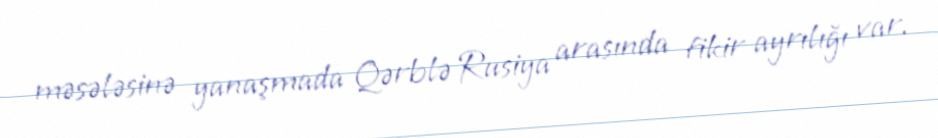
məsələsinə yanaşmada Qərblə Rusiya arasında fikir ayrılığı var.